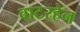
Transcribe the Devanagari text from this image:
वाटरहेन